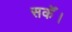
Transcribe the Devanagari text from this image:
सकेँ।